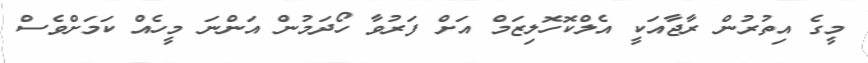
މީގެ އިތުރުން ރާޖާއަކީ އެލްކޮހޮލިޒަމް އަށް ފަރުވާ ހޯދަމުން އަންނަ މީހެއް ކަމަށްވެސް